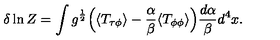
\delta \ln Z = \int g ^ { \frac { 1 } { 2 } } \Bigl ( \langle T _ { \tau \phi } \rangle - { \frac { \alpha } { \beta } } \langle T _ { \phi \phi } \rangle \Bigr ) { \frac { d \alpha } { \beta } } d ^ { 4 } x \space .